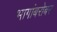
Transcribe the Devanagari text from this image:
भागांबरोबर